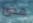
هدئ